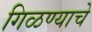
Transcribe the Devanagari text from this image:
गिळण्याचे